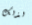
لذلك